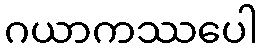
ဂယာကဿပေါ